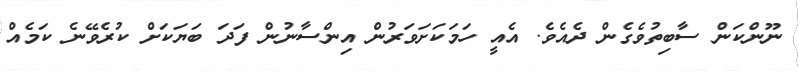
ނޫންކަން ސާބިތުވެގެން ދެއެވެ. އެއީ ހަމަކަށަވަރުން އިންސާނުން ފަދަ ބަޔަކަށް ކުރެވޭނެ ކަމެއް